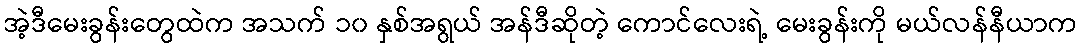
အဲ့ဒီမေးခွန်းတွေထဲက အသက် ၁၀ နှစ်အရွယ် အန်ဒီဆိုတဲ့ ကောင်လေးရဲ့ မေးခွန်းကို မယ်လန်နီယာက